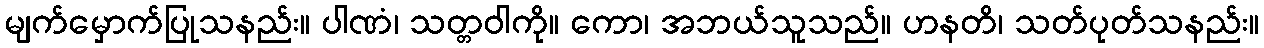
မျက်မှောက်ပြုသနည်း။ ပါဏံ၊ သတ္တဝါကို။ ကော၊ အဘယ်သူသည်။ ဟနတိ၊ သတ်ပုတ်သနည်း။